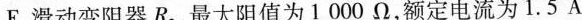
F.滑动变阻器R2，最大阻值为1000Ω，额定电流为1.5A